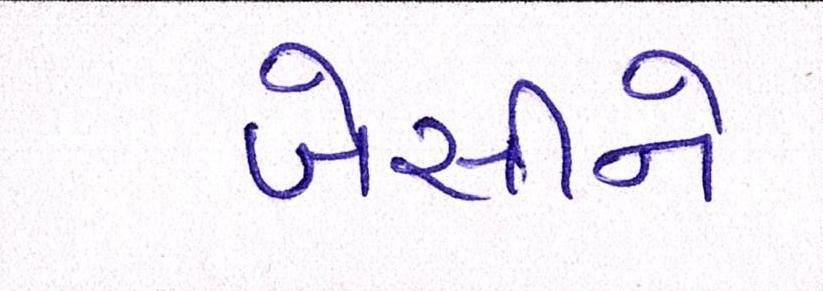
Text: બેસીને